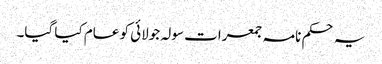
یہ حکم نامہ جمعرات سولہ جولائی کو عام کیا گیا۔